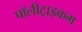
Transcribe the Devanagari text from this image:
पॉलीट्राइकम